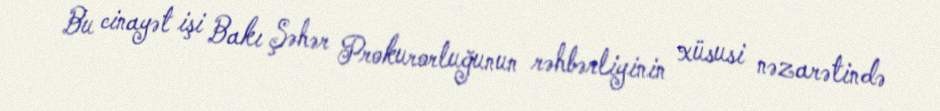
Bu cinayət işi Bakı Şəhər Prokurorluğunun rəhbərliyinin xüsusi nəzarətində